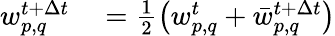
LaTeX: \begin{array}{rl}{w_{p,q}^{t+\Delta t}}&{{}=\frac{1}{2}\left(w_{p,q}^{t}+\bar{w}_{p,q}^{t+\Delta t}\right)}\end{array}